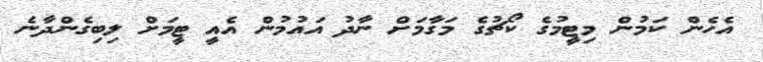
އެހެން ކަމުން މިޓީމުގެ ކޯޗުގެ މަގާމަށް ނާދު އައުމުން އެއީ ޓީމަށް ލިބިގެންދާނެ